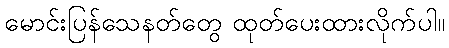
မောင်းပြန်သေနတ်တွေ ထုတ်ပေးထားလိုက်ပါ။